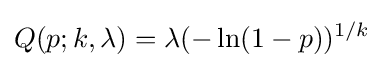
Q(p;k,\lambda )=\lambda (-\ln(1-p))^{1/k}